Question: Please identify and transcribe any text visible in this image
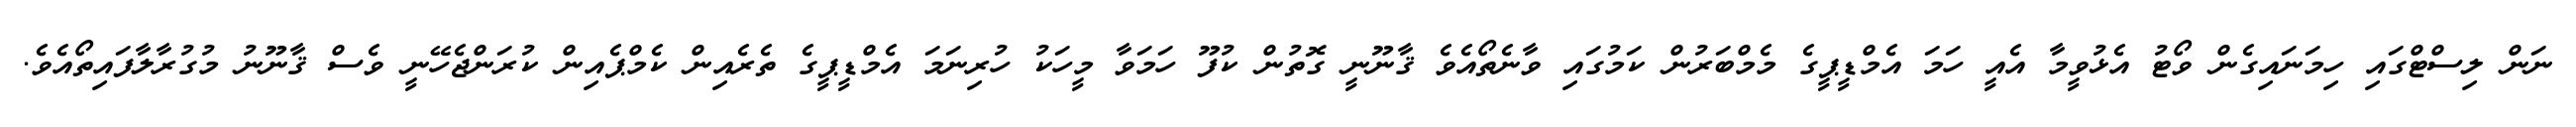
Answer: ނަން ލިސްޓްގައި ހިމަނައިގެން ވޯޓު އެޅުވީމާ އެއީ ހަމަ އެމްޑީޕީގެ މެމްބަރުން ކަމުގައި ވާނެތޯއެވެ ޤާނޫނީ ގޮތުން ކުފޫ ހަމަވާ މީހަކު ހުރިނަމަ އެމްޑީޕީގެ ތެރެއިން ކެމްޕެއިން ކުރަންޖެހޭނީ ވެސް ޤާނޫނު މުގުރާލާފައިތޯއެވެ.